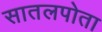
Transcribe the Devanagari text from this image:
सातलपोता